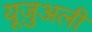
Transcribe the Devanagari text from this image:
यूज़ुअली